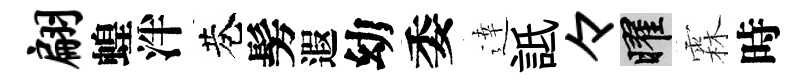
翩蝗泮巷髣遐幼委逹詆々曜霖時